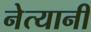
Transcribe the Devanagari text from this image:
नेत्यानी